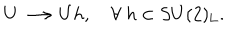
LaTeX: U \longrightarrow U h , ~ \forall ~ h \in S U ( 2 ) _ { \mathrm { L } } .